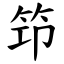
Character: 笻